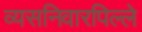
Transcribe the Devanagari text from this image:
व्यसनिवारपिल्ले